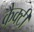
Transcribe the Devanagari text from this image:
कैक्टी